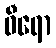
ဝီရော